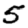
Digit: 5